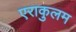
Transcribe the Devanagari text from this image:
एराकुलम